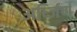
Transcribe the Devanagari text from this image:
अर्ध्जिर्ण